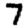
Digit: 7